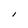
Character: I